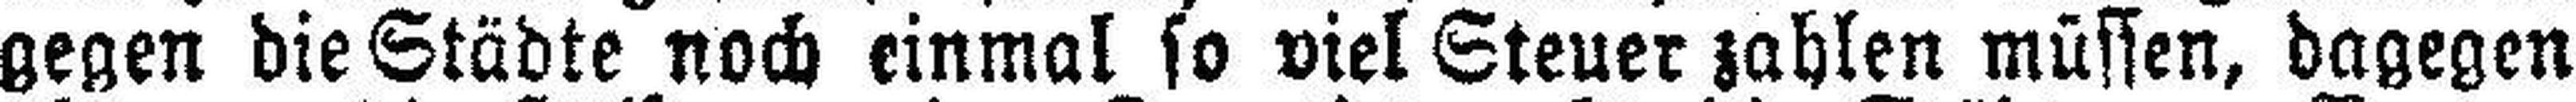
gegen die Städte noch einmal so viel Steuer zahlen müssen, dagegen